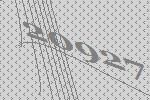
20927